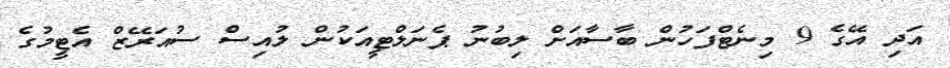
އަދި އޭގެ 9 މިނެޓްފަހުން ބާސާއަށް ލިބުނު ޕެނަލްޓީއަކުން ލުއިސް ސުއަރޭޒް އެޓީމުގެ